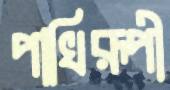
পাখিরূপী